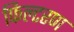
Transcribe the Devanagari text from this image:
फिल्टरण